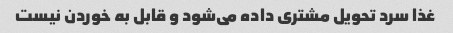
غذا سرد تحویل مشتری داده می‌شود و قابل به خوردن نیست